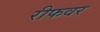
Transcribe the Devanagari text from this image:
रीफवर